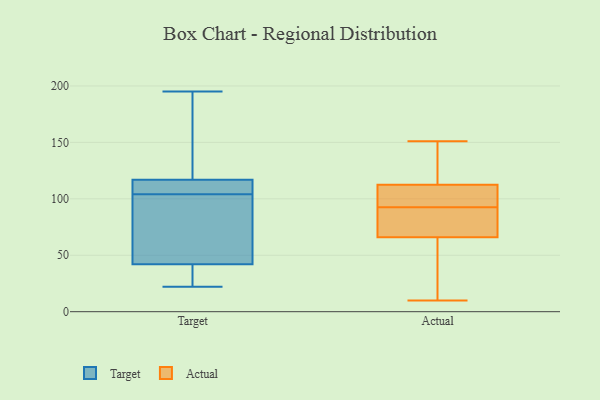
{"axis": {"x": "Backlog", "y": "Value"}, "legend": ["Actual", "Target"], "data": [{"x": "", "y": 195, "type": "Target"}, {"x": "", "y": 159, "type": "Target"}, {"x": "", "y": 117, "type": "Target"}, {"x": "", "y": 116, "type": "Target"}, {"x": "", "y": 42, "type": "Target"}, {"x": "", "y": 67, "type": "Target"}, {"x": "", "y": 26, "type": "Target"}, {"x": "", "y": 100, "type": "Target"}, {"x": "", "y": 108, "type": "Target"}, {"x": "", "y": 22, "type": "Target"}, {"x": "", "y": 94, "type": "Actual"}, {"x": "", "y": 62, "type": "Actual"}, {"x": "", "y": 151, "type": "Actual"}, {"x": "", "y": 80, "type": "Actual"}, {"x": "", "y": 124, "type": "Actual"}, {"x": "", "y": 94, "type": "Actual"}, {"x": "", "y": 65, "type": "Actual"}, {"x": "", "y": 91, "type": "Actual"}, {"x": "", "y": 10, "type": "Actual"}, {"x": "", "y": 128, "type": "Actual"}, {"x": "", "y": 101, "type": "Actual"}, {"x": "", "y": 67, "type": "Actual"}]}